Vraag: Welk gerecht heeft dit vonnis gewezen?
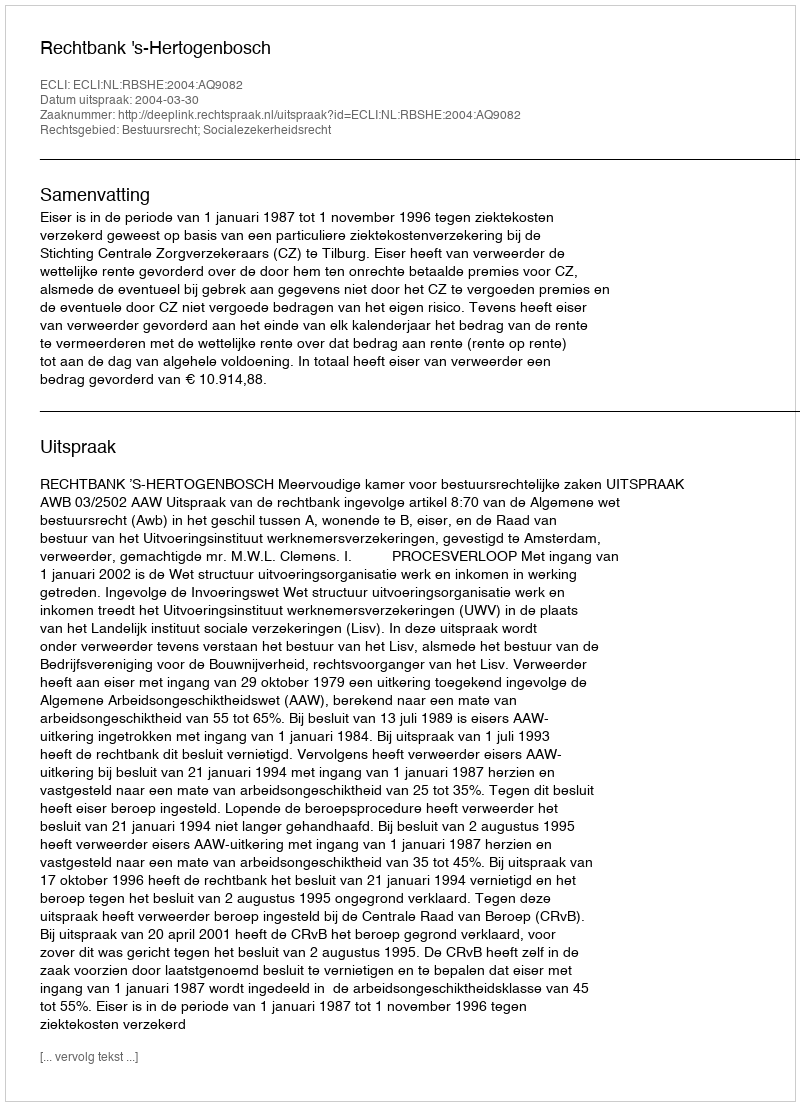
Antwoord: Rechtbank 's-Hertogenbosch